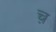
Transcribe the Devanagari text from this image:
च़